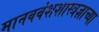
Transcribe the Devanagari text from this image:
मानववंशशास्त्रज्ञाच्या